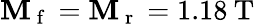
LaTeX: \mathbf{M}_{\mathrm{{~f~}}}=\mathbf{M}_{\mathrm{{~r~}}}=1.18\: \mathrm{{T}}